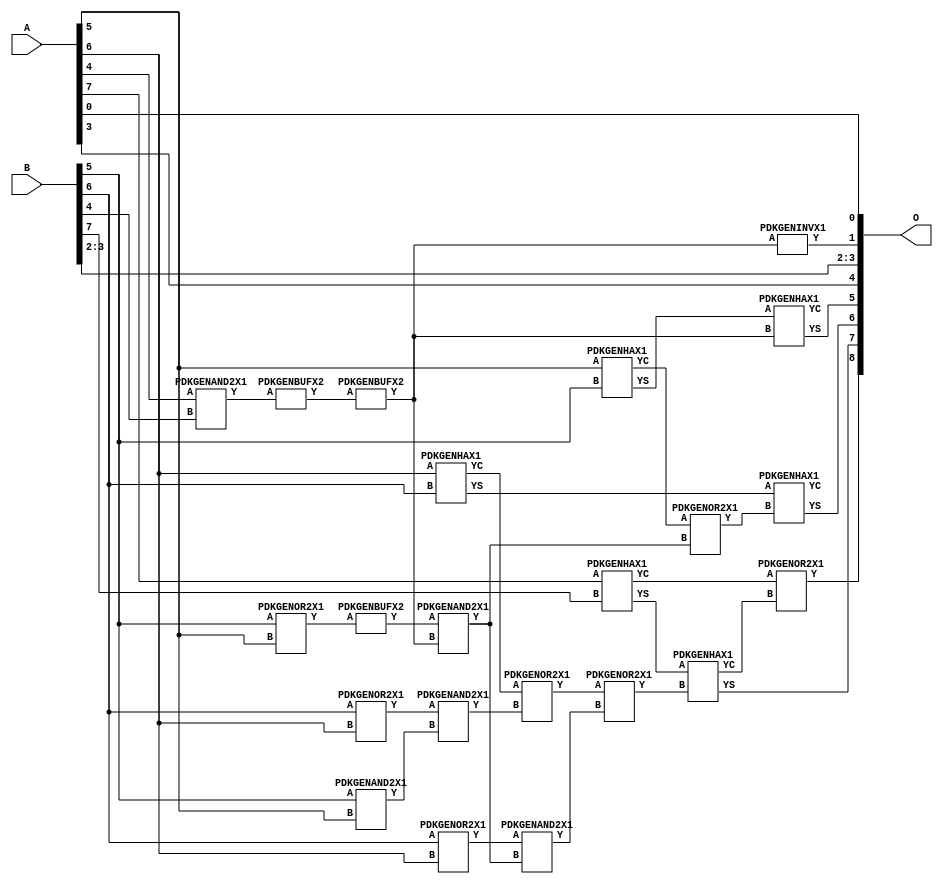
// Library = EvoApprox8b
// Circuit = add8_229
// Area   (180) = 952
// Delay  (180) = 0.820
// Power  (180) = 269.20
// Area   (45) = 65
// Delay  (45) = 0.360
// Power  (45) = 21.85
// Nodes = 22
// HD = 192640
// MAE = 9.31250
// MSE = 128.00000
// MRE = 4.99 %
// WCE = 23
// WCRE = 200 %
// EP = 96.9 %

module add8_229(A, B, O);
  input [7:0] A;
  input [7:0] B;
  output [8:0] O;
  wire [2031:0] N;

  assign N[0] = A[0];
  assign N[1] = A[0];
  assign N[2] = A[1];
  assign N[3] = A[1];
  assign N[4] = A[2];
  assign N[5] = A[2];
  assign N[6] = A[3];
  assign N[7] = A[3];
  assign N[8] = A[4];
  assign N[9] = A[4];
  assign N[10] = A[5];
  assign N[11] = A[5];
  assign N[12] = A[6];
  assign N[13] = A[6];
  assign N[14] = A[7];
  assign N[15] = A[7];
  assign N[16] = B[0];
  assign N[17] = B[0];
  assign N[18] = B[1];
  assign N[19] = B[1];
  assign N[20] = B[2];
  assign N[21] = B[2];
  assign N[22] = B[3];
  assign N[23] = B[3];
  assign N[24] = B[4];
  assign N[25] = B[4];
  assign N[26] = B[5];
  assign N[27] = B[5];
  assign N[28] = B[6];
  assign N[29] = B[6];
  assign N[30] = B[7];
  assign N[31] = B[7];

  PDKGENOR2X1 n42(.A(N[28]), .B(N[12]), .Y(N[42]));
  PDKGENOR2X1 n44(.A(N[28]), .B(N[12]), .Y(N[44]));
  PDKGENAND2X1 n46(.A(N[26]), .B(N[10]), .Y(N[46]));
  PDKGENAND2X1 n68(.A(N[8]), .B(N[24]), .Y(N[68]));
  assign N[69] = N[68];
  PDKGENHAX1 n78(.A(N[10]), .B(N[26]), .YS(N[78]), .YC(N[79]));
  PDKGENHAX1 n86(.A(N[12]), .B(N[28]), .YS(N[86]), .YC(N[87]));
  PDKGENHAX1 n96(.A(N[14]), .B(N[30]), .YS(N[96]), .YC(N[97]));
  PDKGENBUFX2 n132(.A(N[69]), .Y(N[132]));
  assign N[133] = N[132];
  PDKGENOR2X1 n134(.A(N[26]), .B(N[10]), .Y(N[134]));
  PDKGENBUFX2 n136(.A(N[134]), .Y(N[136]));
  assign N[137] = N[136];
  PDKGENBUFX2 n152(.A(N[133]), .Y(N[152]));
  assign N[153] = N[152];
  PDKGENAND2X1 n162(.A(N[42]), .B(N[46]), .Y(N[162]));
  PDKGENOR2X1 n180(.A(N[87]), .B(N[162]), .Y(N[180]));
  assign N[181] = N[180];
  PDKGENAND2X1 n226(.A(N[137]), .B(N[153]), .Y(N[226]));
  PDKGENINVX1 n238(.A(N[153]), .Y(N[238]));
  PDKGENOR2X1 n244(.A(N[79]), .B(N[226]), .Y(N[244]));
  assign N[245] = N[244];
  PDKGENAND2X1 n254(.A(N[44]), .B(N[226]), .Y(N[254]));
  PDKGENOR2X1 n272(.A(N[181]), .B(N[254]), .Y(N[272]));
  PDKGENHAX1 n394(.A(N[78]), .B(N[152]), .YS(N[394]), .YC(N[395]));
  PDKGENHAX1 n404(.A(N[86]), .B(N[245]), .YS(N[404]), .YC(N[405]));
  PDKGENHAX1 n412(.A(N[96]), .B(N[272]), .YS(N[412]), .YC(N[413]));
  PDKGENOR2X1 n422(.A(N[97]), .B(N[413]), .Y(N[422]));

  assign O[0] = N[0];
  assign O[1] = N[238];
  assign O[2] = N[20];
  assign O[3] = N[22];
  assign O[4] = N[6];
  assign O[5] = N[394];
  assign O[6] = N[404];
  assign O[7] = N[412];
  assign O[8] = N[422];

endmodule
/* mod */
module PDKGENHAX1( input A, input B, output YS, output YC );
    assign YS = A ^ B;
    assign YC = A & B;
endmodule
/* mod */
module PDKGENOR2X1(input A, input B, output Y );
     assign Y = A | B;
endmodule
/* mod */
module PDKGENAND2X1(input A, input B, output Y );
     assign Y = A & B;
endmodule
/* mod */
module PDKGENINVX1(input A, output Y );
     assign Y = ~A;
endmodule
/* mod */
module PDKGENBUFX2(input A, output Y );
     assign Y = A;
endmodule